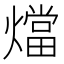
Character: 𭶙